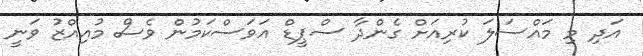
އަދި މި މައްސަލަ ކުރިއަށް ގެންދާ ސްޕީޑް އަވަސްކަމުން ވެސް މުއިއްޒު ވަނީ